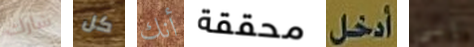
شارك كل أنك محققة أدخل إلى